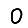
Digit: 0